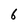
Character: 6